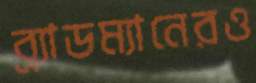
ব্র্যাডম্যানেরও